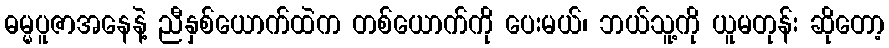
ဓမ္မပူဇာအနေနဲ့ ညီနှစ်ယောက်ထဲက တစ်ယောက်ကို ပေးမယ်၊ ဘယ်သူ့ကို ယူမတုန်း ဆိုတော့